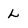
Character: L